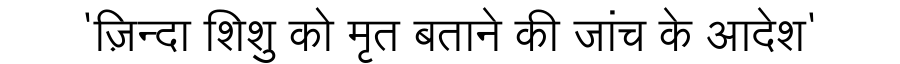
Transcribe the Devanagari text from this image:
'ज़िन्दा शिशु को मृत बताने की जांच के आदेश'